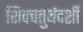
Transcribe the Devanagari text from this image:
शिवचतुर्थदर्शी